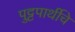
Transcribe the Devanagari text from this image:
पुट्टपार्थीचे